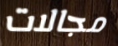
مجالات